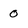
Character: 0